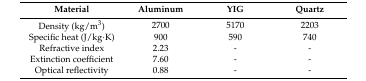
<table><thead><tr><td><b>Material</b></td><td><b>Aluminum</b></td><td><b>YIG</b></td><td><b>Quartz</b></td></tr></thead><tbody><tr><td>Density (kg/m<sup>3</sup>)</td><td>2700</td><td>5170</td><td>2203</td></tr><tr><td>Specific heat (J/kg·K)</td><td>900</td><td>590</td><td>740</td></tr><tr><td>Refractive index</td><td>2.23</td><td>-</td><td>-</td></tr><tr><td>Extinction coefficient</td><td>7.60</td><td>-</td><td>-</td></tr><tr><td>Optical reflectivity</td><td>0.88</td><td>-</td><td>-</td></tr></tbody></table>